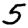
Digit: 5